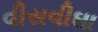
વીસવીઘા